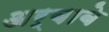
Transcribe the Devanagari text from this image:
अर्बाबे